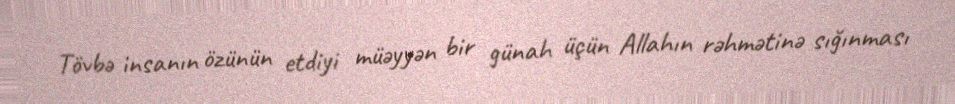
Tövbə insanın özünün etdiyi müəyyən bir günah üçün Allahın rəhmətinə sığınması